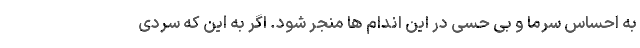
به احساس سرما و بی حسی در این اندام ها منجر شود. اگر به این که سردی